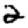
Digit: 2